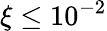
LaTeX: \xi\le 10^{-2}